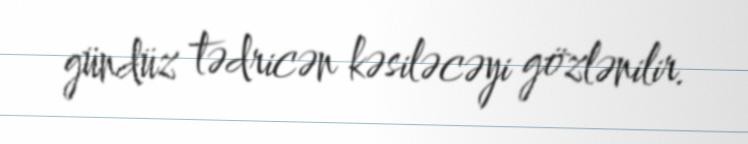
gündüz tədricən kəsiləcəyi gözlənilir.